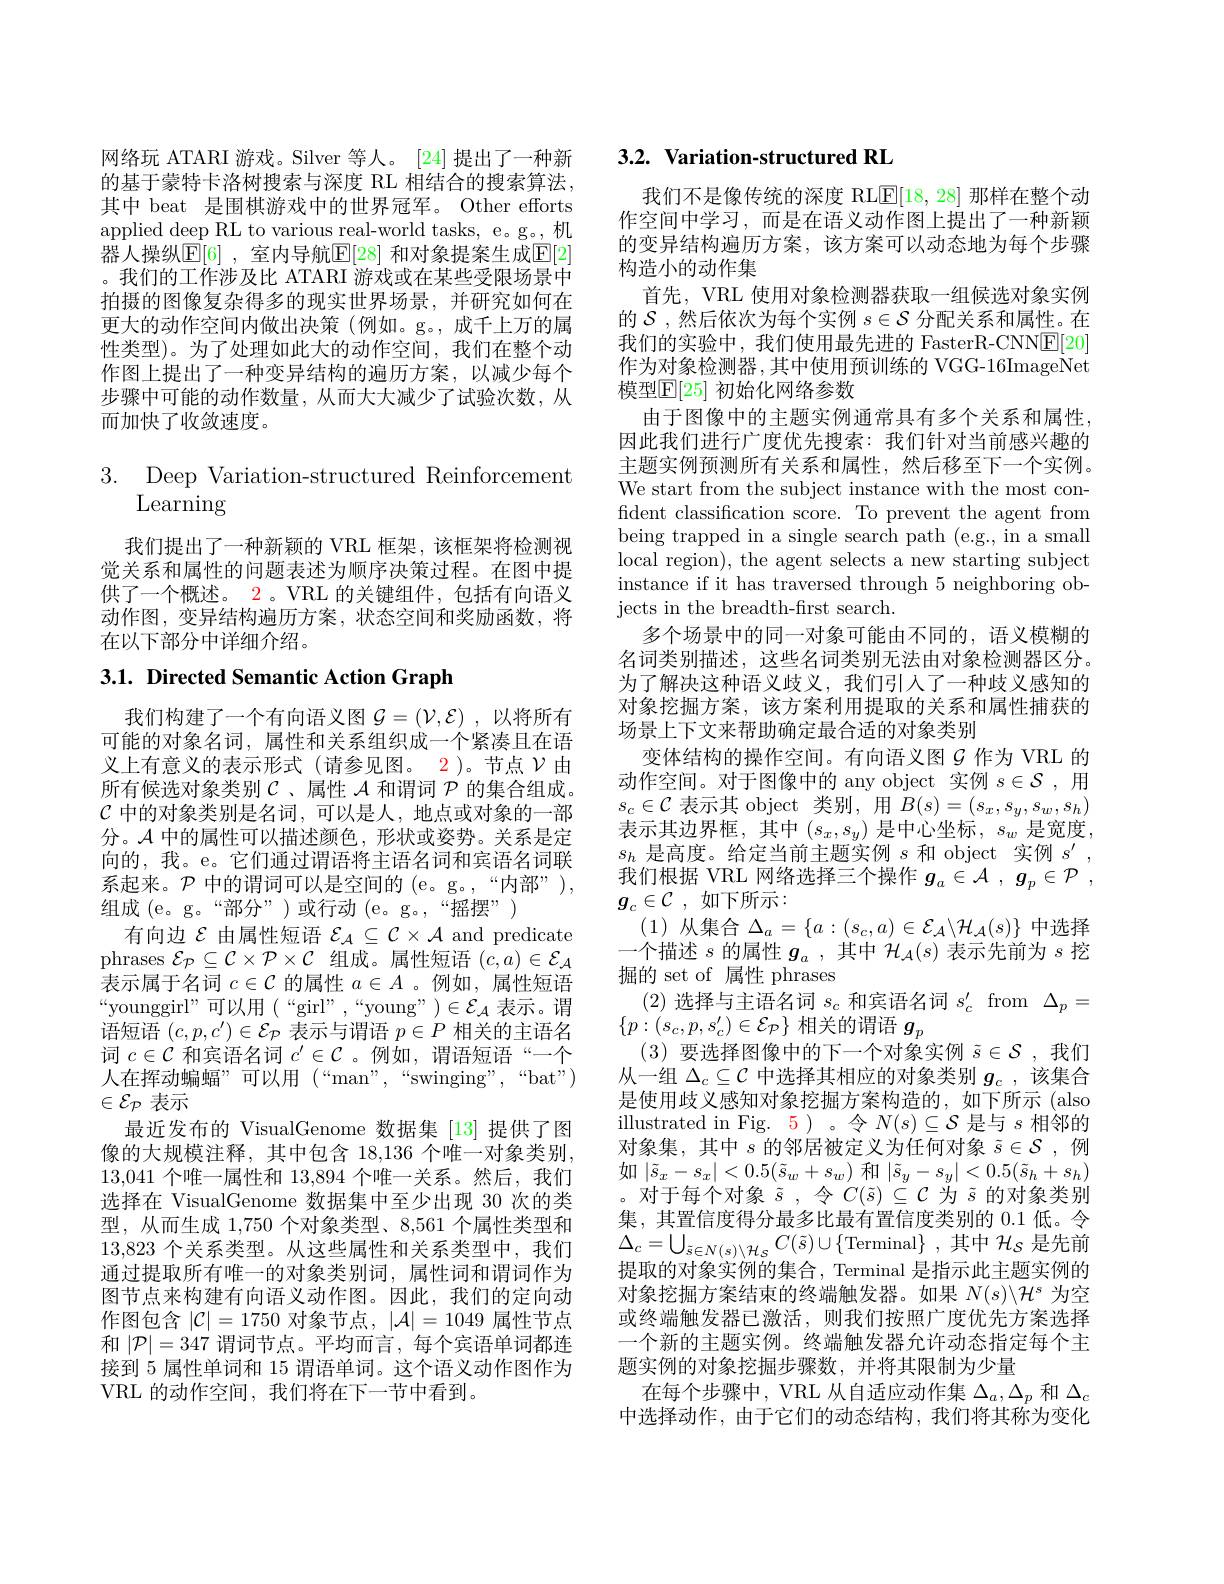
网络玩 ATARI 游戏。Silver 等人。[24] 提出了一种新的基于蒙特卡洛树搜索与深度 RL 相结合的搜索算法， 其中 beat 是围棋游戏中的世界冠军。Other efforts applied deep RL to various real-world tasks, e。g。, 机器人操纵$\mathbb{E}[6]$ ,室内导航$\mathbb{E}[28]$ 和对象提案生成$\mathbb{E}[2]$ 。我们的工作涉及比 ATARI 游戏或在某些受限场景中拍摄的图像复杂得多的现实世界场景，并研究如何在更大的动作空间内做出决策(例如。g。,成千上万的属性类型)。为了处理如此大的动作空间，我们在整个动作图上提出了一种变异结构的遍历方案，以减少每个步骤中可能的动作数量，从而大大减少了试验次数，从而加快了收敛速度。

## 3. Deep Variation-structured Reinforcement Learning

我们提出了一种新颖的 VRL 框架，该框架将检测视觉关系和属性的问题表述为顺序决策过程。在图中提供了一个概述。2。VRL 的关键组件，包括有向语义动作图，变异结构遍历方案，状态空间和奖励函数，将在以下部分中详细介绍。

## 3.1. Directed Semantic Action Graph

我们构建了一个有向语义图$\mathcal{G}=(\mathcal{V},\mathcal{E})$ ,以将所有可能的对象名词，属性和关系组织成一个紧凑且在语义上有意义的表示形式(请参见图。2)。节点 $\mathcal{V}$由所有候选对象类别$\mathcal{C}$、属性$\mathcal{A}$和谓词$\mathcal{P}$的集合组成。$\mathcal{C}$中的对象类别是名词，可以是人，地点或对象的一部分。$\mathcal{A}$中的属性可以描述颜色，形状或姿势。关系是定向的，我。e。它们通过谓语将主语名词和宾语名词联系起来。$\mathcal{P}$中的谓词可以是空间的 (e。g。,“内部”), 组成 (e。g。“部分”)或行动(e。g。,“摇摆”)
有向边$\mathcal{E}$由属性短语$\mathcal{E}_{\mathcal{A}}\subseteq\mathcal{C}\times\mathcal{A}$ and predicate phrases $\mathcal{E}_{\mathcal{P}}\subseteq\mathcal{C}\times\mathcal{P}\times\mathcal{C}$组成。属性短语$(c,a)\in\mathcal{E}_{\mathcal{A}}$ 表示属于名词$c\in\mathcal{C}$的属性$a\in A$ 。例如，属性短语“younggirl”可以用(“girl”,“young”)$\in \mathcal{E} _{\mathcal{A} }$ 表 示 。谓 语短语$(c,p,c^{\prime})\in\mathcal{E}_{\mathcal{P}}$表示与谓语$p\in P$相关的主语名词$c\in\mathcal{C}$和宾语名词$c^\prime\in\mathcal{C}$ 。例如，谓语短语“一个人在挥动蝙蝠”可以用(“man”,“swinging”,“bat") $\in\mathcal{E}_{\mathcal{P}}$表示
最近发布的 VisualGenome 数据集 [13]提供了图像的大规模注释，其中包含 18,136 个唯一对象类别， 13,041个唯一属性和 13,894 个唯一关系。然后，我们选择在 VisualGenome 数据集中至少出现 30 次的类型，从而生成 1,750 个对象类型、8,561 个属性类型和13,823个关系类型。从这些属性和关系类型中，我们通过提取所有唯一的对象类别词，属性词和谓词作为图节点来构建有向语义动作图。因此，我们的定向动作图包含$|\mathcal{C}|=1750$对象节点，$|\mathcal{A}|=1049$属性节点和$|\mathcal{P}|=347$谓词节点。平均而言，每个宾语单词都连接到 5 属性单词和 15 谓语单词。这个语义动作图作为VRL 的动作空间，我们将在下一节中看到。

## $3. 2. \textbf{ Variation- structured RL}$

我们不是像传统的深度 RLE[18,28]那样在整个动作空间中学习，而是在语义动作图上提出了一种新颖的变异结构遍历方案，该方案可以动态地为每个步骤构造小的动作集
首先，VRL 使用对象检测器获取一组候选对象实例的$\mathcal{S}$ ,然后依次为每个实例$s\in\mathcal{S}$分配关系和属性。在我们的实验中，我们使用最先进的 FasterR-CNNE[20] 作为对象检测器 ,其中使用预训练的 VGG-16ImageNet 模型$\mathbb{E}[25]$ 初始化网络参数
由于图像中的主题实例通常具有多个关系和属性， 因此我们进行广度优先搜索：我们针对当前感兴趣的主题实例预测所有关系和属性，然后移至下一个实例。We start from the subject instance with the most confident classification score. To prevent the agent from being trapped in a single search path (e.g., in a small local region), the agent selects a new starting subject instance if it has traversed through 5 neighboring objects in the breadth- first search.
多个场景中的同一对象可能由不同的，语义模糊的名词类别描述，这些名词类别无法由对象检测器区分。为了解决这种语义歧义，我们引入了一种歧义感知的对象挖掘方案，该方案利用提取的关系和属性捕获的场景上下文来帮助确定最合适的对象类别
变体结构的操作空间。有向语义图$\mathcal{G}$ 作为 VRL 的动作空间。对于图像中的 any object 实例$s\in\mathcal{S}$,用$s_c\in\mathcal{C}$表示其 object 类别，用$B(s)=(s_x,s_y,s_w,s_h)$ 表示其边界框，其中$(s_x,s_y)$ 是中心坐标，$s_w$ 是宽度， $s_h$是高度。给定当前主题实例$s$和 object 实例$s^\prime$, 我们根据 VRL 网络选择三个操作$g_a\in \mathcal{A}$ , $g_p\in \mathcal{P}$ , $g_c\in \mathcal{C}$ ,如下所示：
(1)从集合$\Delta_a=\{a:(s_c,a)\in\mathcal{E}_{\mathcal{A}}\backslash\mathcal{H}_{\mathcal{A}}(s)\}$中选择一个描述$s$的属性$g_a$ ,其中$\mathcal{H}_\mathcal{A}(s)$表示先前为$s$挖掘的 set of 属性 phrases
(2)选择与主语名词$s_c$和宾语名词$s_c^\prime$ from$\Delta_p=$
$\{p:(s_c,p,s_c^{\prime})\in\mathcal{E}_P\}$相关的谓语$g_p$
(3)要选择图像中的下一个对象实例$\tilde{s}\in\mathcal{S}$,我们从一组$\Delta_c\subseteq\mathcal{C}$中选择其相应的对象类别$g_c$ ,该集合是使用歧义感知对象挖掘方案构造的，如下所示 (also illustrated in Fig. 5)。令$N(s)\subseteq\mathcal{S}$是与$s$相邻的对象集，其中$s$的邻居被定义为任何对象$\tilde{s}\in\mathcal{S}$,例如$\left|\tilde{s}_x-s_x\right|<0.5(\tilde{s}_w+s_w)$ 和$\left|\tilde{s}_y-s_y\right|<0.5(\tilde{s}_h+s_h)$ 。对于每个对象$\tilde{s}$,令$C(\tilde{s})\subseteq\mathcal{C}$为$\tilde{s}$的对象类别集，其置信度得分最多比最有置信度类别的 0.1 低。令$\Delta_{c}=\bigcup_{\tilde{s}\in N(s)\setminus\mathcal{H}s}C(\tilde{s})\cup\{$Terminal$\}$ ,其中 $\mathcal{H}_S$ 是先前提取的对象实例的集合，Terminal 是指示此主题实例的对象挖掘方案结束的终端触发器。如果$N(s)\backslash\mathcal{H}^s$为空或终端触发器已激活，则我们按照广度优先方案选择一个新的主题实例。终端触发器允许动态指定每个主题实例的对象挖掘步骤数，并将其限制为少量
在每个步骤中，VRL 从自适应动作集$\Delta_a,\Delta_p$和$\Delta_c$ 中选择动作，由于它们的动态结构，我们将其称为变化